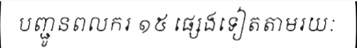
បញ្ជូនពលករ ១៥ ផ្សេងទៀតតាមរយៈ